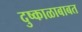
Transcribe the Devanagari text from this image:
दुष्काळाबाबत